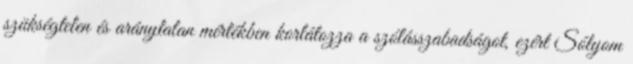
szükségtelen és aránytalan mértékben korlátozza a szólásszabadságot, ezért Sólyom